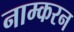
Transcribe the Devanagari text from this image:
नाम्करन